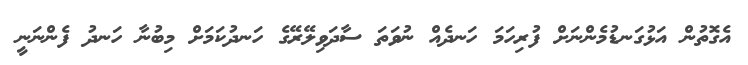
އެގޮތުން އަޅުގަނޑުމެންނަށް ފުރިހަމަ ހަނދެއް ނުވަތަ ސާދަވިލޭރޭގެ ހަނދުކަމަށް މިބުނާ ހަނދު ފެންނަނީ